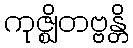
ကုဇ္ဈိတဗ္ဗန္တိ